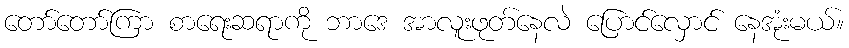
တော်တော်ကြာ စာရေးဆရာကို ဘာဒေ အာလူးဖုတ်နေလဲ ပြောင်လှောင် နေအုံးမယ်။